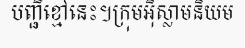
បញ្ជីខ្មៅនេះ។ក្រុមអ៊ិស្លាមនិយម